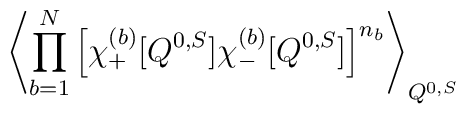
\left\langle \prod_{b=1}^N\left[\chi^{(b)}_+ [ Q^{0,S} ] \chi^{(b)}_- [ Q^{0,S} ] \right]^{n_b}\right\rangle_{Q^{0,S}} \;